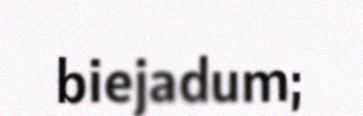
biejadum;